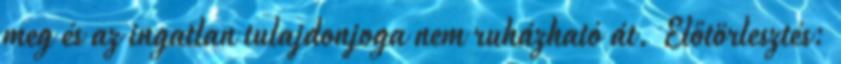
meg és az ingatlan tulajdonjoga nem ruházható át. Előtörlesztés: